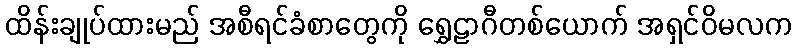
ထိန်းချုပ်ထားမည် အစီရင်ခံစာတွေကို ရွှေဠာဂီတစ်ယောက် အရှင်ဝိမလက